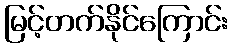
မြင့်တက်နိုင်ကြောင်း